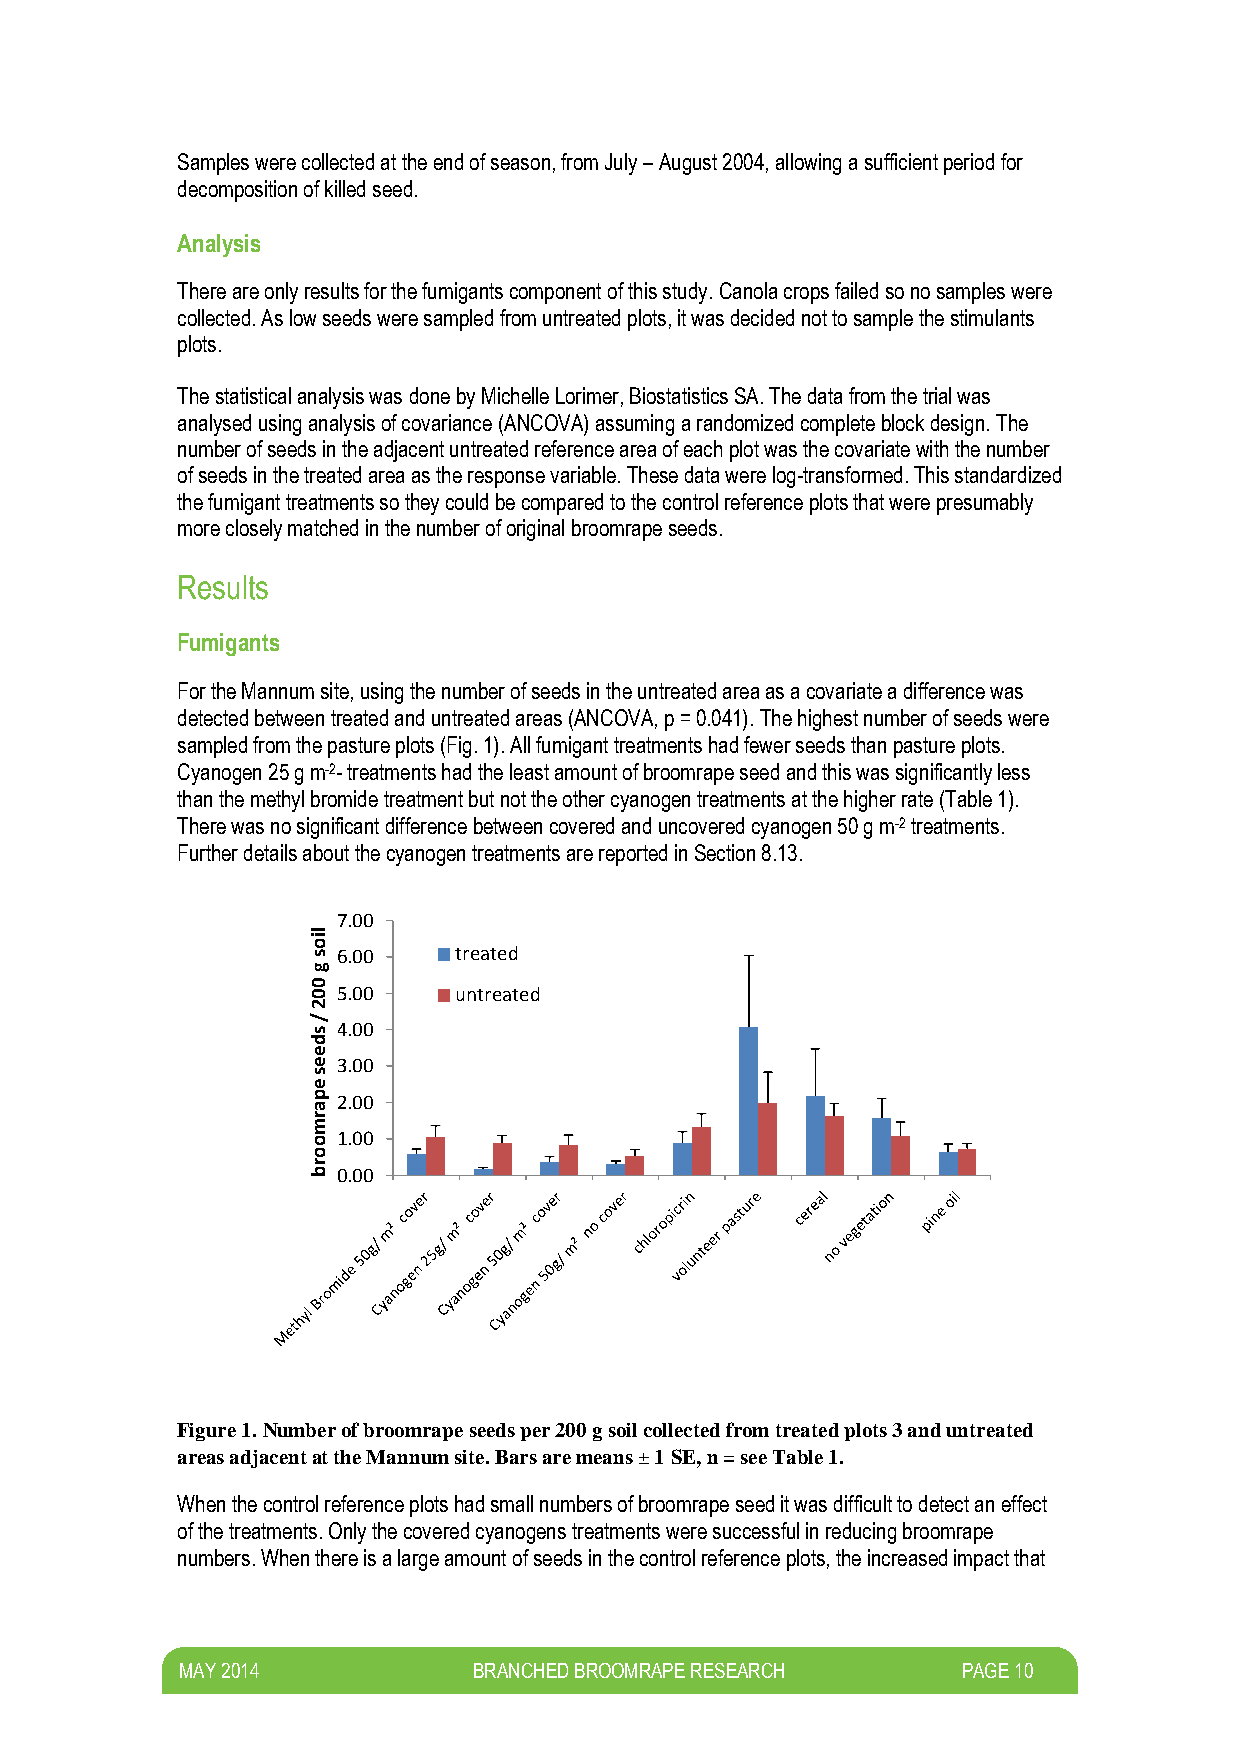
Samples were collected at the end of season, from July – August 2004, allowing a sufficient period for
 decomposition of killed seed.
 Analysis
 There are only results for the fumigants component of this study. Canola crops failed so no samples were
 collected. As low seeds were sampled from untreated plots, it was decided not to sample the stimulants
 plots.
 The statistical analysis was done by Michelle Lorimer, Biostatistics SA. The data from the trial was
 analysed using analysis of covariance (ANCOVA) assuming a randomized complete block design. The
 number of seeds in the adjacent untreated reference area of each plot was the covariate with the number
 of seeds in the treated area as the response variable. These data were log-transformed. This standardized
 the fumigant treatments so they could be compared to the control reference plots that were presumably
 more closely matched in the number of original broomrape seeds.
 Results
 Fumigants
 For the Mannum site, using the number of seeds in the untreated area as a covariate a difference was
 detected between treated and untreated areas (ANCOVA, p = 0.041). The highest number of seeds were
 sampled from the pasture plots (Fig. 1). All fumigant treatments had fewer seeds than pasture plots.
 Cyanogen 25 g m-2- treatments had the least amount of broomrape seed and this was significantly less
 than the methyl bromide treatment but not the other cyanogen treatments at the higher rate (Table 1).
 There was no significant difference between covered and uncovered cyanogen 50 g m-2 treatments.
 Further details about the cyanogen treatments are reported in Section 8.13.
 7.00
 lio
 s 6.00    treated
 g
 0
 0 5.00    untreated
 2
 /
 s 4.00
 d
 e
 e 3.00
 s
 e
 p 2.00
 a
 r
 m
 o 1.00
 o
 r
 b 0.00
 Figure 1. Number of broomrape seeds per 200 g soil collected from treated plots 3 and untreated
 areas adjacent at the Mannum site. Bars are means ± 1 SE, n = see Table 1.
 When the control reference plots had small numbers of broomrape seed it was difficult to detect an effect
 of the treatments. Only the covered cyanogens treatments were successful in reducing broomrape
 numbers. When there is a large amount of seeds in the control reference plots, the increased impact that
 M AY 2014          BRANCHED BROOMRAPE RESEARCH      PAGE 10